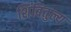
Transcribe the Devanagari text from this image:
शिंबितुल्य